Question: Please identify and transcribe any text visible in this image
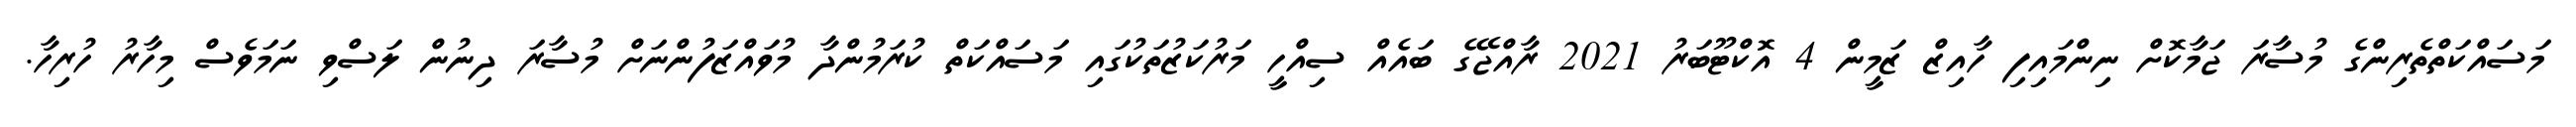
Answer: މަސައްކަތްތެރިންގެ މުސާރަ ޖަމާކޮށް ނިންމައިފި ހާއިޒް ޒަމީން 4 އޮކްޓޫބަރު 2021 ރާއްޖޭގެ ބައެއް ސިއްހީ މަރުކަޒުތަކުގައި މަސައްކަތް ކުރަމުންދާ މުވައްޒަފުންނަށް މުސާރަ ދިނުން ލަސްވި ނަމަވެސް މިހާރު ހުރިހާ.